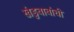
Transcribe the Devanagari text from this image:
खंडुबाबांची